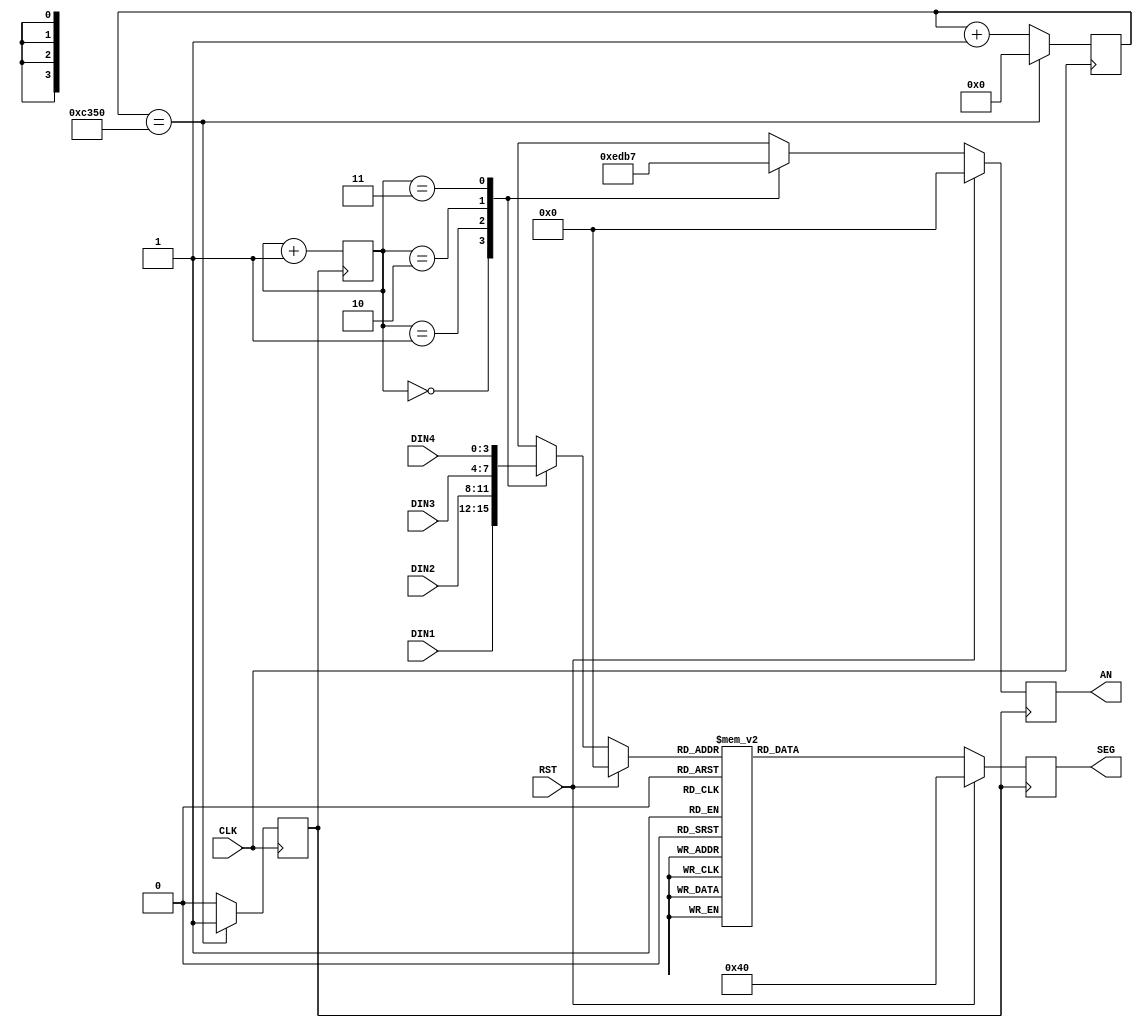
`timescale 1ns / 1ps
//////////////////////////////////////////////////////////////////////////////////
// Company: 
// Engineer: 
// 
// Design Name: 
// Module Name: sevenSeg
// Project Name: 
// Target Devices: 
// Tool Versions: 
// Description: 
// 
// Dependencies: 
// 
// Revision:
// Revision 0.01 - File Created
// Additional Comments:
// 
//////////////////////////////////////////////////////////////////////////////////


module sevenSeg(
        
		CLK,
		RST,
		DIN1,
		DIN2,
		DIN3,
        DIN4,
		AN,
		SEG
   );


	// ===========================================================================
	// 										Port Declarations
	// ===========================================================================
			input CLK;						// 100Mhz clock
			input RST;						// Reset
			input [3:0] DIN1;				// Input data to display
			input [3:0] DIN2;				// Input data to display
			input [3:0] DIN3;				// Input data to display
			input [3:0] DIN4;				// Input data to display
			output [3:0] AN;				// Anodes for seven segment display
			output [6:0] SEG;				// Cathodes for seven segment display
			
	// ===========================================================================
	// 							  Parameters, Regsiters, and Wires
	// ===========================================================================

			// Outputs to Seven Segment Display
			reg [3:0] AN = 4'hF;
			reg [6:0] SEG = 7'b0000000;

			// 1 kHz Clock Divider
			parameter cntEndVal = 16'hC350;
			reg [15:0] clkCount = 16'h0000;
			reg DCLK;

			// 2 Bit Counter
			reg [1:0] CNT = 2'b00;

			// Binary to BCD
			wire [15:0] bcdData1;
			wire [15:0] bcdData2;


			// Output Data Mux
			reg [3:0] muxData;

	// ===========================================================================
	// 										Implementation
	// ===========================================================================
			//------------------------------
			//			Output Data Mux
			// Select data to display on SSD
			//------------------------------
			always @(CNT[1], CNT[0],RST) begin
					if(RST == 1'b1) begin
							muxData <= 4'b0000;
					end
					else begin
							case (CNT)
									2'b00 : muxData <= DIN1;
									2'b01 : muxData <= DIN2;
									2'b10 : muxData <= DIN3;
									2'b11 : muxData <= DIN4;
							endcase
					end
			end
			
			
			
			//------------------------------
			//		   Segment Decoder
			// Determines cathode pattern
			//   to display digit on SSD
			//------------------------------
			always @(posedge DCLK) begin
					if(RST == 1'b1) begin
							SEG <= 7'b1000000;
					end
					else begin
							case (muxData)

									4'h0 : SEG <= 7'b1000000;  // 0
									4'h1 : SEG <= 7'b1111001;  // 1
									4'h2 : SEG <= 7'b0100100;  // 2
									4'h3 : SEG <= 7'b0110000;  // 3
									4'h4 : SEG <= 7'b0011001;  // 4
									4'h5 : SEG <= 7'b0010010;  // 5
									4'h6 : SEG <= 7'b0000010;  // 6
									4'h7 : SEG <= 7'b1111000;  // 7
									4'h8 : SEG <= 7'b0000000;  // 8
									4'h9 : SEG <= 7'b0010000;  // 9
									default : SEG <= 7'b1111111;
									
							endcase
					end
			end



			//---------------------------------
			//	  		  Anode Decoder
			//    Determines digit digit to
			//   illuminate for clock period
			//---------------------------------
			always @(posedge DCLK) begin
					if(RST == 1'b1) begin
							AN <= 4'b0000;
					end
					else begin
							case (CNT)

									4'h0 : AN <= 4'b1110;  // 0
									4'h1 : AN <= 4'b1101;  // 1
									4'h2 : AN <= 4'b1011;  // 2
									4'h3 : AN <= 4'b0111;  // 3
									default : AN <= 4'b1111;
									
							endcase
					end
			end	
			

			//------------------------------
			//			2 Bit Counter
			//	 Used to select which diigt
			//	  is being illuminated, and
			//	selects data to be displayed
			//------------------------------
			always @(posedge DCLK) begin
					CNT <= CNT + 1'b1;
			end
			
			//------------------------------
			//			1khz Clock Divider
			//  Timing for refreshing the
			//  			 SSD, etc.
			//------------------------------
			always @(posedge CLK) begin

							if(clkCount == cntEndVal) begin
									DCLK <= 1'b1;
									clkCount <= 16'h0000;
							end
							else begin
									DCLK <= 1'b0;
									clkCount <= clkCount + 1'b1;
							end
			end
	

endmodule